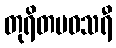
တုရိတမဝသရီ